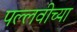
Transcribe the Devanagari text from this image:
पल्लवीच्या